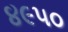
૪૯૫૦